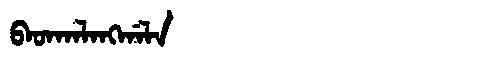
Manchu: ᠪᠠᡨᡴᠠᠯᠠᠩᡤᠠᠯᠠ
Romanization: BATKALANGGALA